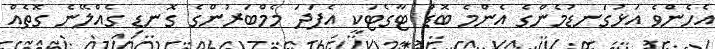
އެހެންވެ އަޅުގަނޑުމެންގެ އެންމެ ބޮޑު ޓާގެޓަކީ އެފަދަ މެމްބަރުންގެ ގޮނޑި ގެއްލޭނެ ގޮތެއް